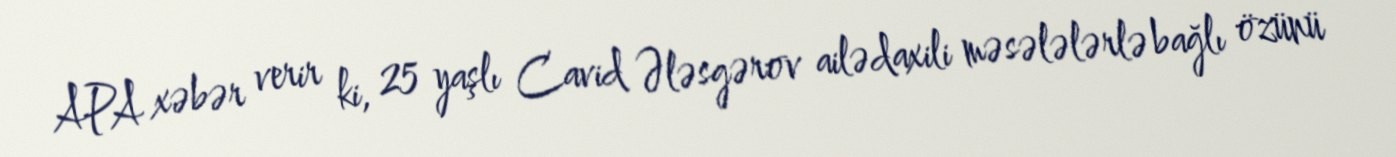
APA xəbər verir ki, 25 yaşlı Cavid Ələsgərov ailədaxili məsələlərlə bağlı özünü